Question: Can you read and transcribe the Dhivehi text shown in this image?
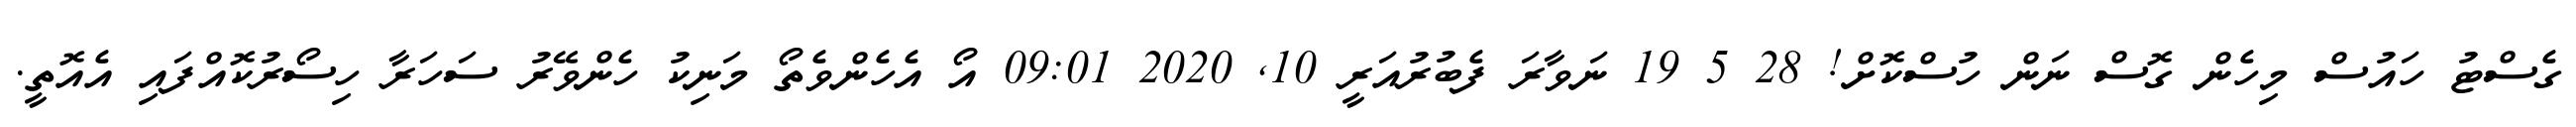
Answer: ގެސްޓު ހައުސް މިހެން ގޮސް ނަން ހުސްކޮށް! 28 5 19 ނަވާރަ ފެބުރުއަރީ 10, 2020 09:01 އޯ އެހެންވެތޯ މަނިކު ހެންވޭރު ސަހަރާ ހިސޯރުކޮއްފައި އެއޮތީ.